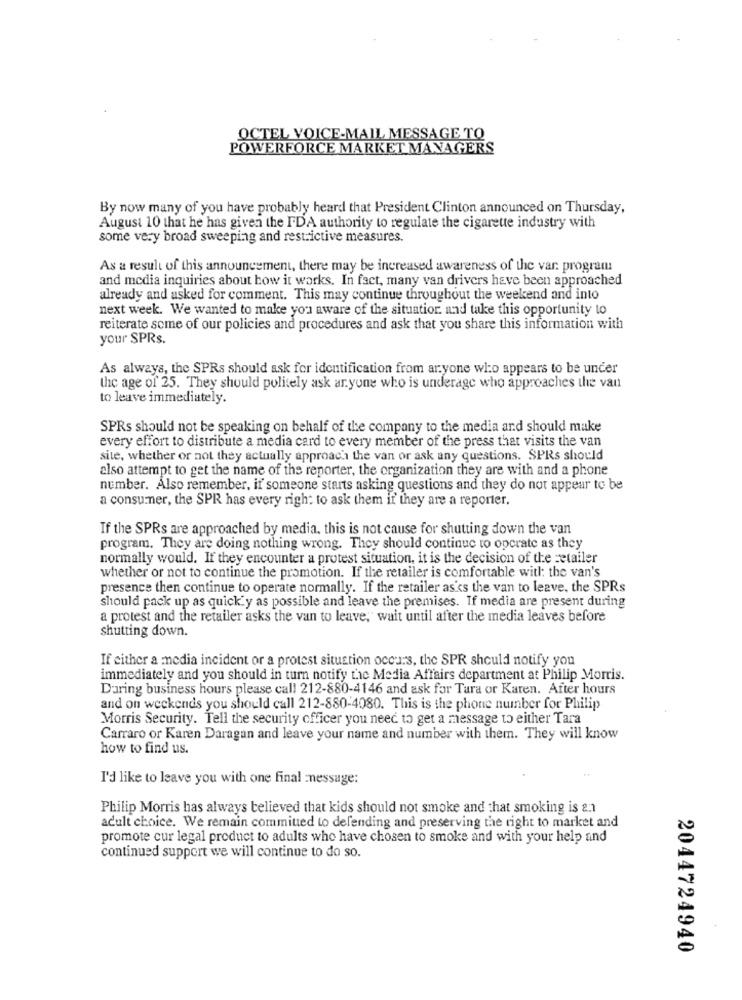
OCTEL VOICE-MAIL MESSAGE TO
POWERFORCE MARKET MANAGERS
By now many of you have probably heard that President Clinton announced on Thursday,
August 10 that he has given the FDA authority to regulate the cigarette industry with
some very broad sweeping and restrictive measures.
As a result of this announcement, there may be increased awareness of the var. program
and media inquiries about how it works. In fact, many van drivers have been approached
already and asked for comment. This may continue throughout the weekend and into
next week. We wanted to make you aware of the situation. and take this opportunity to
reiterate some of our policies and procedures and ask that you share this information with
your SPRs.
As always, the SPRs should ask for identification from aryone who appears to be under
the age of 25. They should politely ask anyone who is underage who approaches the van
to leave immediately.
SPRs should not be speaking on behalf of the company to the media and should make
every effort to distribute a media card to every member of the press that visits the van
site, whether or not they actually approach the van or ask any questions. SPRs should
also attempt to get the name of the reporter, the organization they are with and a phone
number. Also remember, if someone starts asking questions and they do not appear to be
a consumer, the SPR has every right to ask them if they are a reporter.
If the SPRs are approached by media, this is not cause for shutting down the van
program. They are doing nothing wrong. They should continue to operate as they
normally would. If they encounter a protest situation, it is the decision of the retailer
whether or not to continue the promotion. If the retailer is comfortable with: the van's
presence then continue to operate normally. If the retailer as's the van to leave, the SPRs
should pack up as quickly as possible and leave the premises. If media are present during
a protest and the retailer asks the van to leave," wait until after the media leaves before
shutting down.
If either a media incident or a protest situation occurs, the SPR should notify you
immediately and you should in turn notify the Media Affairs department at Philip Morris.
Daring business hours please call 212-880-4146 and ask for Tara or Karen. After hours
and on weekends you should call 212-880-4080. This is the phone number for Philip
Morris Security. Tell the security officer you need to get a message to either Tara
Carraro or Karen Daragan and leave your name and number with them. They will know
how to find us.
I'd like to leave you with one final -message:
Philip Morris has always believed that kids should not smoke and that smoking is &.1
adult choice. We remain committed to delending and preserving the right to market and
promote cur legal product to adults who have chosen to smoke and with your help and
continued support we will continue to do so.
2044724940